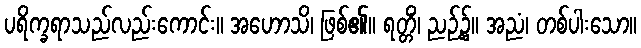
ပရိက္ခရာသည်လည်းကောင်း။ အဟောသိ၊ ဖြစ်၏။ ရတ္တိံ၊ ညဉ့်၌။ အညံ၊ တစ်ပါးသော။